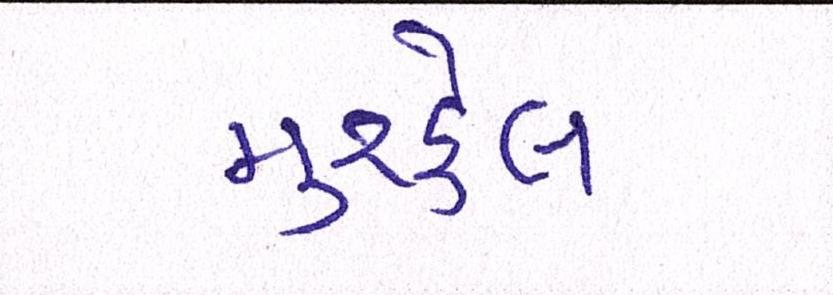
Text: મુશ્કેલ